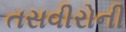
તસવીરોની